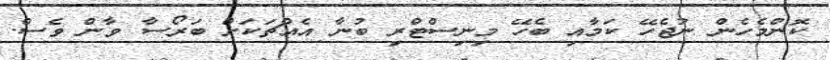
ކޮންމެހެން ނުޖެހޭ ކަމާއި ބެހޭ މިނިސްޓްރި ބުނާ އެއްޗަކަށް ބަރޯސާ ވާން ވެސް.